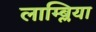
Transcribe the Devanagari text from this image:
लाम्ब्लिया